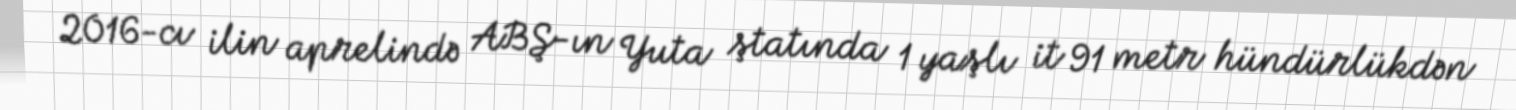
2016-cı ilin aprelində ABŞ-ın Yuta ştatında 1 yaşlı it 91 metr hündürlükdən